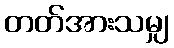
တတ်အားသမျှ